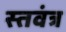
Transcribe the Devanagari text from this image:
स्तवंत्र